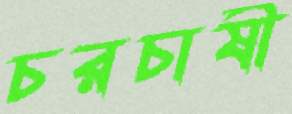
চরচাষী